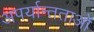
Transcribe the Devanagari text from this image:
अपर्यान्तताओं